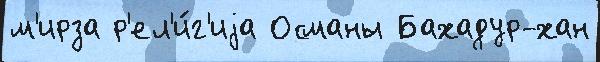
м'ирза р'ел'и́г'иjа Османы Бахадур-хан